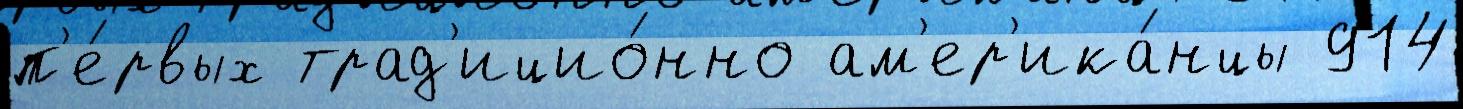
п'е́рвых трад'ицио́нно ам'ер'ика́нцы 914